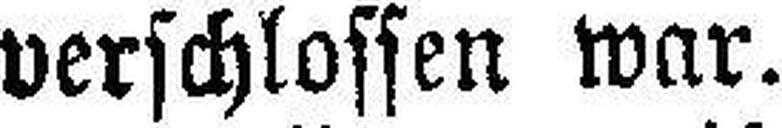
verschlossen war.